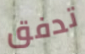
تدفق